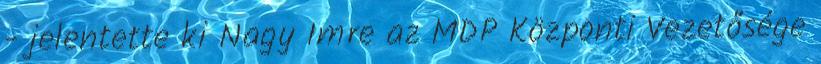
- jelentette ki Nagy Imre az MDP Központi Vezetősége